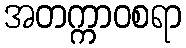
အတက္ကာဝစရာ